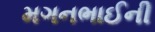
મગનભાઈની